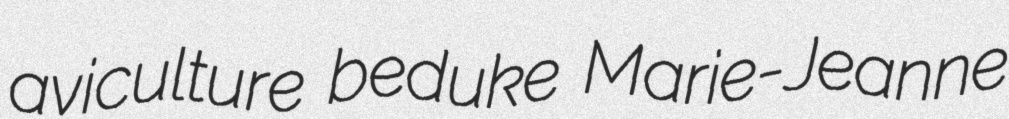
aviculture beduke Marie-Jeanne